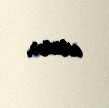
edirlər.